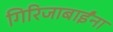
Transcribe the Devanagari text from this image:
गिरिजाबाईंना